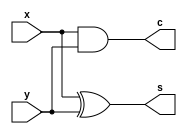
`timescale 1ns / 1ps
//////////////////////////////////////////////////////////////////////////////////
// Company: 
// Engineer: 
// 
// Design Name: 
// Module Name: halfadder
// Project Name: 
// Target Devices: 
// Tool Versions: 
// Description: 
// 
// Dependencies: 
// 
// Revision:
// Revision 0.01 - File Created
// Additional Comments:
// 
//////////////////////////////////////////////////////////////////////////////////


module halfadder(
    input x,
    input y,
    output s,
    output c
    );
    xor x1(s,x,y);
    and a1(c,x,y);
endmodule